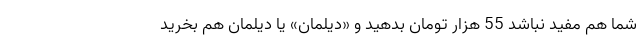
شما هم مفید نباشد 55 هزار تومان بدهید و «دیلمان» یا دیلمان هم بخرید